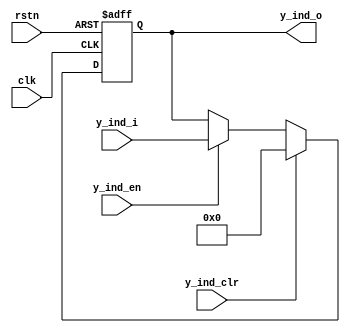
/******************************************************************
*Module name : y_i_reg
*Type        : Verilog Module
*
*Description : register counter for x indexes
*------------------------------------------------------------------
*	clocks    : clk
*	reset		 : rstn
* 
*Parameters  : none
*
******************************************************************/

module y_i_reg(
	input clk,
	input rstn,
	input [5:0] y_ind_i,
   input y_ind_en,
   input y_ind_clr,
	
	output reg [5:0] y_ind_o);
	
always@(posedge clk or negedge rstn) 
begin
		if(!rstn)
			y_ind_o <= 6'b000000;
		else if(y_ind_clr)
			y_ind_o <= 6'b000000;
		else if(y_ind_en)
			y_ind_o <= y_ind_i;//{1'b0,y_ind_i};
end
endmodule